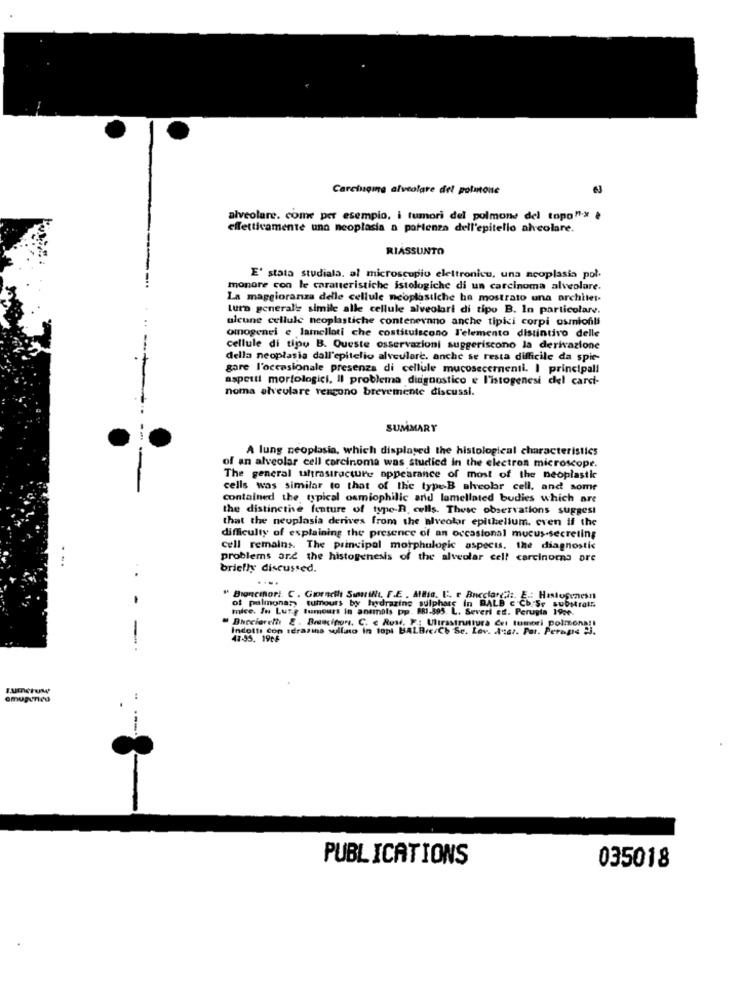
Carcingine alveolare del polmone
alveolare. come per esempio, i tumori del polmone del topo"> è
effettivamente una neoplasia a partenza dell'epitelio alveolare.
RIASSUNTO
E' stata studiala. al microscopio elettronicu, una neoplasia pol.
monare con le caratteristiche istologiche di un carcinoma alveolare.
La maggioranza delle cellule neoplastiche ha mostrato una architet-
turn generale simile alle cellule alveolari di tipo B. In particolare.
ulcune cellule neoplastiche contenevano anche tipici corpi osmiofili
omogenei e lamelloti che costituiscono l'elemento distintivo delle
cellule di tipo B. Queste osservazioni suggeriscono la derivazione
della neoplasia dall'epitelio alveulare, anche se resta difficile da spie-
gare l'occasionale presenza di cellule mucosecernenti. I principali
aspetti morfologici, Il problema diagnostico e l'istogenesi del carci-
noma alveolare vengono brevemente discussi.
SUMMARY
A lung neoplasia, which displayed the histological characteristics
of an alveolar cell carcinoma was studied in the electron microscope.
The general ultrastracture appearance of most of the neoplastic
cells was similar to that of the typeB alveolar cell, and some
contained the typical osmiophilic and lamellated bodies which are
the distinctive feature of type-R. cells. These observations suggest
that the neoplasia derives from the alveolar epithelium, even if the
difficulty of explaining the presence of an occasional mucus-secreting
cell remains. The principal morphulogic aspects. the diagnostic
problems and the histogenesis of the alveolar cell carcinoma pre
briefly discussed.
....
-
of pulmonary tumours by hydrazine sulphare in BALD c'Cb.Se substrats
" Broncehor: C . Gareth Sunilit F.E . AlBie. E . Bene C. Se substrat
mice. In Lung tumours in anemols pp. 881-395. L. Severi et. Perugia 19ce.
Bucciareth £ . Brancipor. C. c Rusi. P .: Ulirastnatura Cet tumori polizona !!
Indotti con strazins sullino in topl BALB.c/Ch Se. Lev. A"ter. Pat. Perapie 23.
47-95. 19t*
z.umerow
PUBLICATIONS
035018